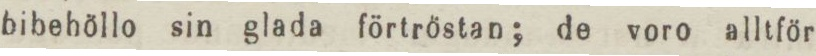
bibehöllo sin glada förtröstan; de voro alltför